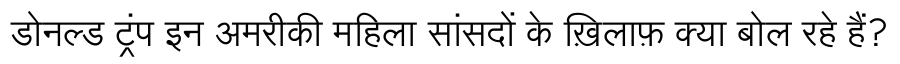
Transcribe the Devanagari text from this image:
डोनल्ड ट्रंप इन अमरीकी महिला सांसदों के ख़िलाफ़ क्या बोल रहे हैं?